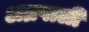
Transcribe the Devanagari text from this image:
अम्रपाली